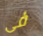
فى